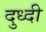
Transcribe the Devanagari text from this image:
दुध्दी